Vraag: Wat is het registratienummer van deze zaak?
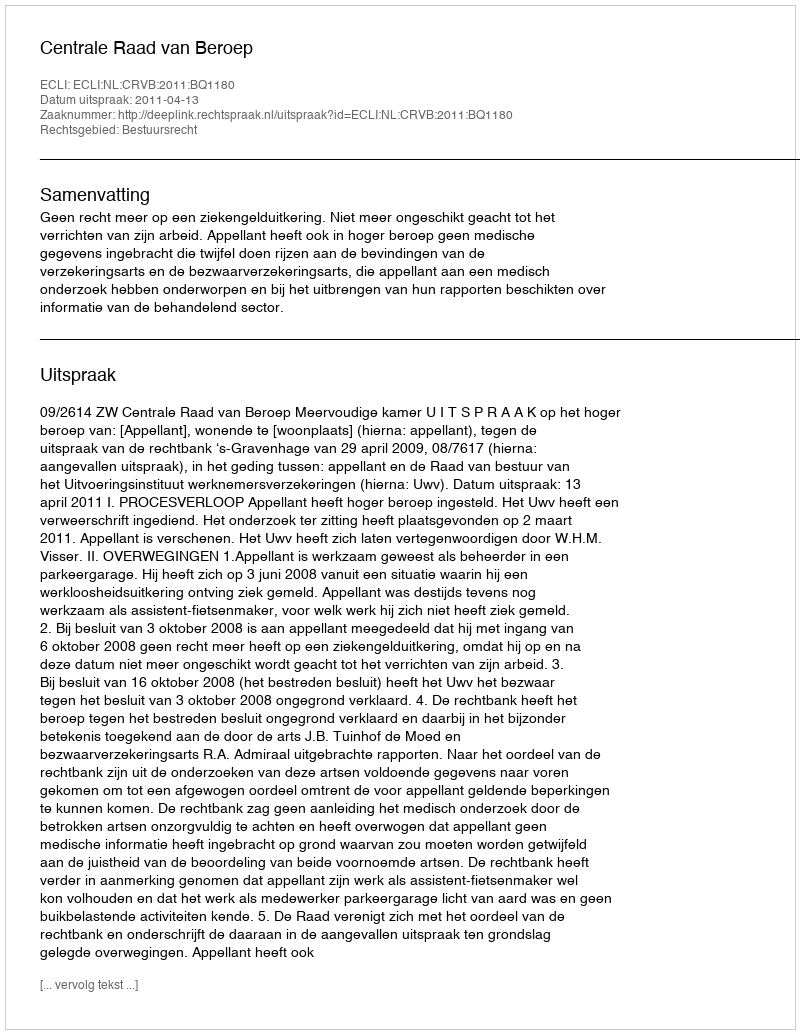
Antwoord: http://deeplink.rechtspraak.nl/uitspraak?id=ECLI:NL:CRVB:2011:BQ1180